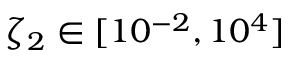
\zeta _ { 2 } \in [ 1 0 ^ { - 2 } , 1 0 ^ { 4 } ]